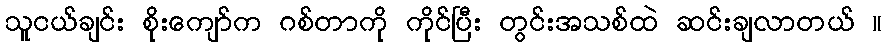
သူငယ်ချင်း စိုးကျော်က ဂစ်တာကို ကိုင်ပြီး တွင်းအသစ်ထဲ ဆင်းချလာတယ် ။